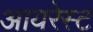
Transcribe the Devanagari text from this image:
आयरेस्ट